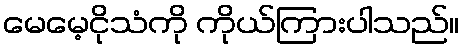
မေမေ့ငိုသံကို ကိုယ်ကြားပါသည်။